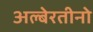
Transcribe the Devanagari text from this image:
अल्बेरतीनो